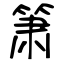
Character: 箫